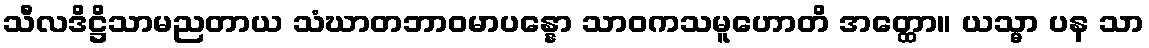
သီလဒိဋ္ဌိသာမညတာယ သံဃာတဘာဝမာပန္နော သာဝကသမူဟောတိ အတ္ထော။ ယသ္မာ ပန သာ